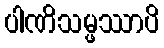
ပါဏိသမ္ဖဿာပိ